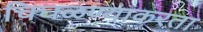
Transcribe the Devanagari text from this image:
चिघळण्याकरता